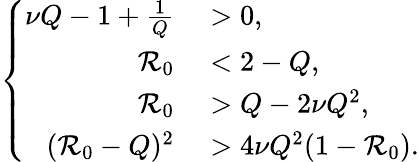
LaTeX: \left\{ \begin{array}{rl}{\nu Q-1+\frac 1Q}&{{}>0,}\\ {\mathcal{R}_{0}}&{{}<2-Q,}\\ {\mathcal{R}_{0}}&{{}>Q-2\nu Q^{2},}\\ {(\mathcal{R}_{0}-Q)^{2}}&{{}>4\nu Q^{2}(1-\mathcal{R}_{0}).}\end{array}\right.